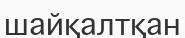
шайқалтқан